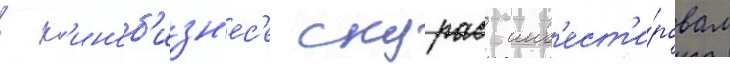
в к'иноб'изн'ес'е скурас инв'ест'и́ровал